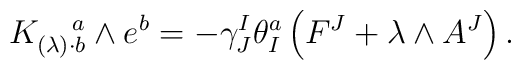
K_{(\lambda)\cdot b}^{\;\;\;\;\;a}\wedge e^b =-\gamma^I_J\theta^a_I\left(F^J+\lambda\wedge A^J\right).